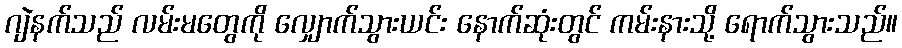
ဂျဲနက်သည် လမ်းမတွေကို လျှောက်သွားယင်း နောက်ဆုံးတွင် ကမ်းနားသို့ ရောက်သွားသည်။